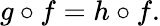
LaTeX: g\circ f=h\circ f.